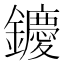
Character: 𨯙